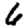
Digit: 6